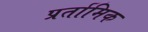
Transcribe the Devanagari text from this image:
प्रर्तामिक